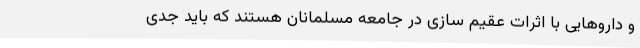
و داروهایی با اثرات عقیم سازی در جامعه مسلمانان هستند که باید جدی